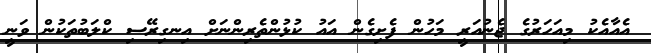
އެއާއެކު މިއަހަރުގެ ޖެނުއަރީ މަހުން ފެށިގެން އައު ކުޅުންތެރިންނަށް އިނގިރޭސި ކްލަބުތަކުން ވަނީ